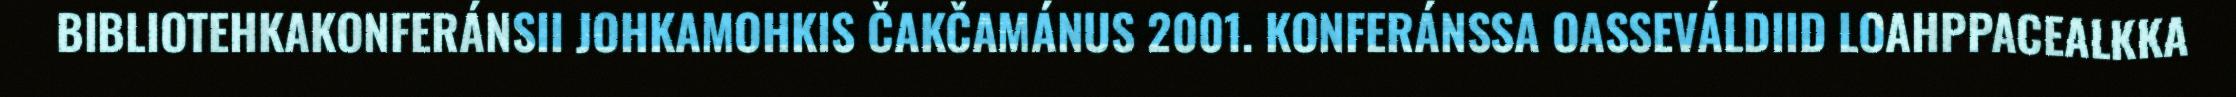
BIBLIOTEHKAKONFERÁNSII JOHKAMOHKIS ČAKČAMÁNUS 2001. KONFERÁNSSA OASSEVÁLDIID LOAHPPACEALKKA